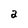
Character: a